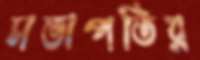
সভাপতির